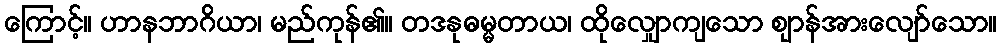
ကြောင့်။ ဟာနဘာဂိယာ၊ မည်ကုန်၏။ တဒနုဓမ္မတာယ၊ ထိုလျှောကျသော ဈာန်အားလျော်သော။